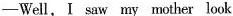
-Well, I saw my mother look